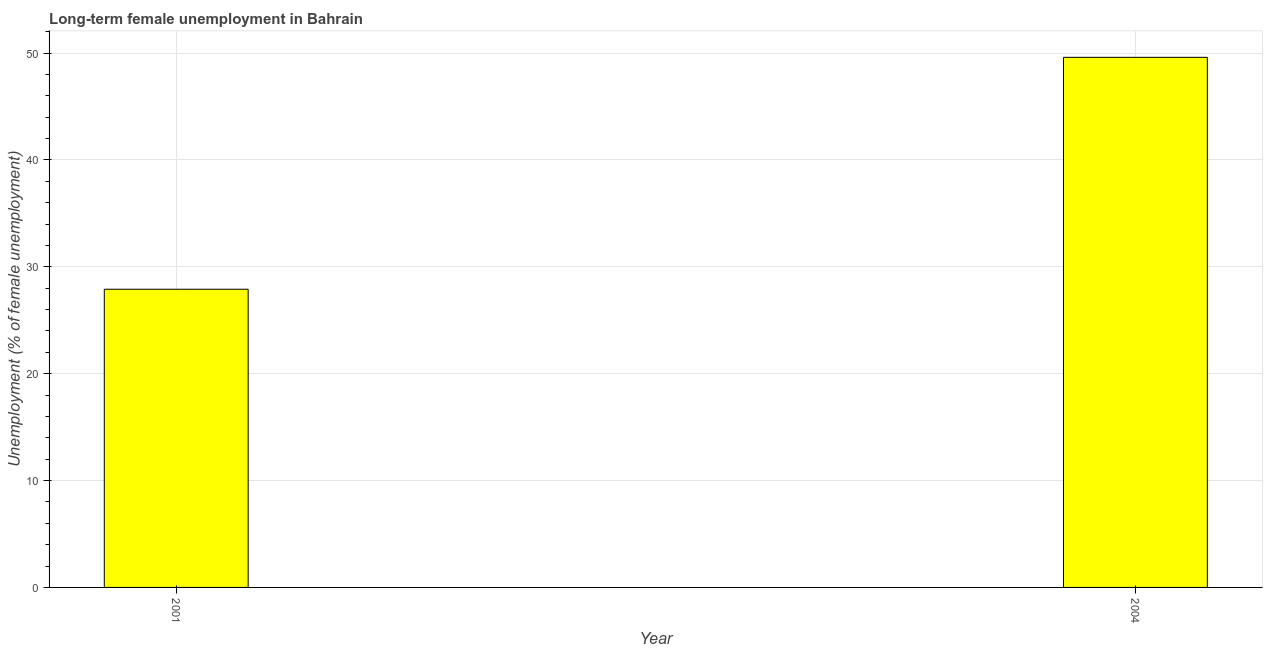
| Year | Long-term unemployment female |
 | --- | --- |
 | 2001 | 27.9 |
 | 2004 | 49.6 |